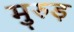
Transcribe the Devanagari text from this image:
मुरुड़